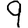
Digit: 9